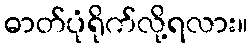
ဓာတ်ပုံရိုက်လို့ရလား။